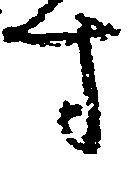
す